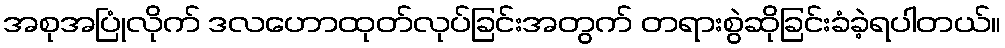
အစုအပြုံလိုက် ဒလဟောထုတ်လုပ်ခြင်းအတွက် တရားစွဲဆိုခြင်းခံခဲ့ရပါတယ်။